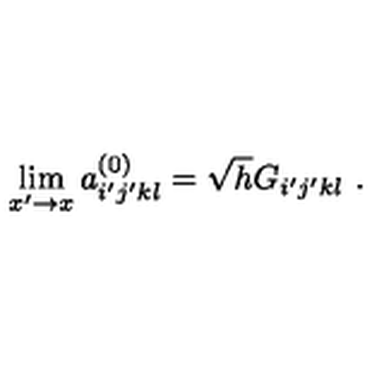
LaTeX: \lim _ { x ^ { \prime } \rightarrow x } a _ { i ^ { \prime } j ^ { \prime } k l } ^ { ( 0 ) } = \sqrt { h } G _ { i ^ { \prime } j ^ { \prime } k l } \ .